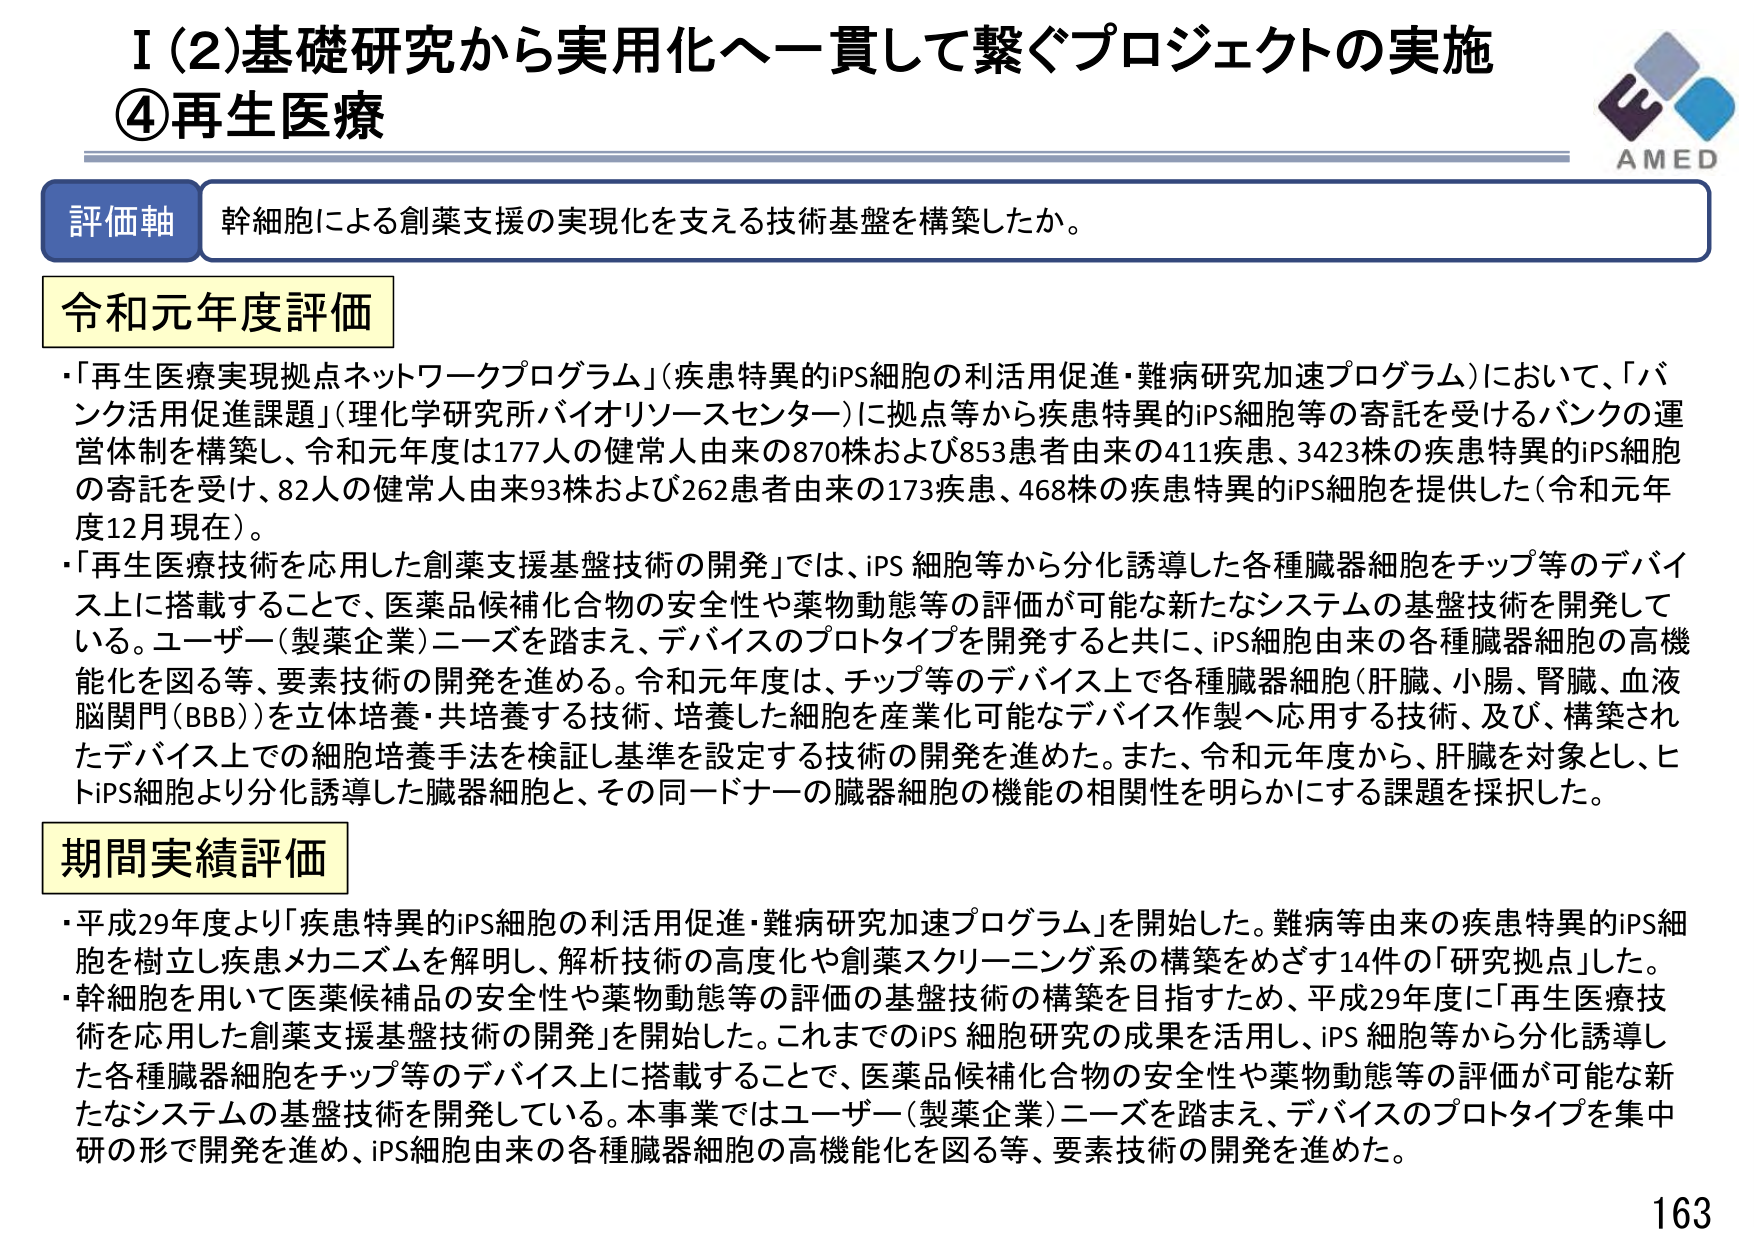
I (2) 基礎研究から実用化へ一貫して繋ぐプロジェクトの実施
④再生医療

評価軸 幹細胞による創薬支援の実現化を支える技術基盤を構築したか。

令和元年度評価
・「再生医療実現拠点ネットワークプログラム」（疾患特異的iPS細胞の利活用促進・難病研究加速プログラム）において、「バンク活用促進課題」（理化学研究所バイオリソースセンター）に拠点等から疾患特異的iPS細胞等の寄託を受けるバンクの運営体制を構築し、令和元年度は177人の健常人由来の870株および853患者由来の411疾患、3423株の疾患特異的iPS細胞の寄託を受け、82人の健常人由来93株および262患者由来の173疾患、468株の疾患特異的iPS細胞を提供した（令和元年度12月現在）。
・「再生医療技術を応用した創薬支援基盤技術の開発」では、iPS細胞等から分化誘導した各種臓器細胞をチップ等のデバイス上に搭載することで、医薬品候補化合物の安全性や薬物動態等の評価が可能な新たなシステムの基盤技術を開発している。ユーザー（製薬企業）ニーズを踏まえ、デバイスのプロトタイプを開発すると共に、iPS細胞由来の各種臓器細胞の高機能化を図る等、要素技術の開発を進める。令和元年度は、チップ等のデバイス上で各種臓器細胞（肝臓、小腸、腎臓、血液脳関門（BBB））を立体培養・共培養する技術、培養した細胞を産業化可能なデバイス作製へ応用する技術、及び、構築されたデバイス上での細胞培養手法を検証し基準を設定する技術の開発を進めた。また、令和元年度から、肝臓を対象とし、ヒトiPS細胞より分化誘導した臓器細胞と、その同一ドナーの臓器細胞の機能の相関性を明らかにする課題を採択した。

期間実績評価
・平成29年度より「疾患特異的iPS細胞の利活用促進・難病研究加速プログラム」を開始した。難病等由来の疾患特異的iPS細胞を樹立し疾患メカニズムを解明し、解析技術の高度化や創薬スクリーニング系の構築をめざす14件の「研究拠点」した。
・幹細胞を用いて医薬候補品の安全性や薬物動態等の評価の基盤技術の構築を目指すため、平成29年度に「再生医療技術を応用した創薬支援基盤技術の開発」を開始した。これまでのiPS細胞研究の成果を活用し、iPS細胞等から分化誘導した各種臓器細胞をチップ等のデバイス上に搭載することで、医薬品候補化合物の安全性や薬物動態等の評価が可能な新たなシステムの基盤技術を開発している。本事業ではユーザー（製薬企業）ニーズを踏まえ、デバイスのプロトタイプを集中研の形で開発を進め、iPS細胞由来の各種臓器細胞の高機能化を図る等、要素技術の開発を進めた。

AMED
163